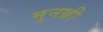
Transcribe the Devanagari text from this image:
मुनथ्री